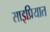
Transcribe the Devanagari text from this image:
साइप्रियात